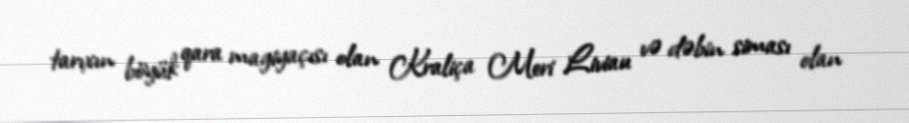
tarıxın böyük qara magiyaçısı olan Kraliça Meri Liviau və dəbin siması olan